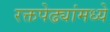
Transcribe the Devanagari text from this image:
रक्तपेढ्यांमध्ये